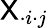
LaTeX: \mathsf{X}_{\cdot i\cdot j}